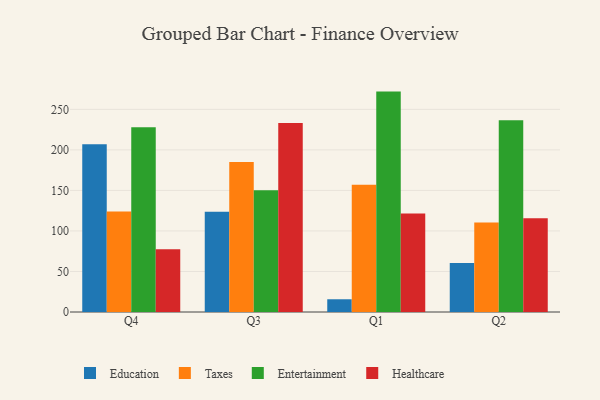
{"axis": {"x": "Quarter", "y": "LTV (USD)"}, "legend": ["Education", "Entertainment", "Healthcare", "Taxes"], "data": [{"x": "Q4", "y": 207.1, "type": "Education"}, {"x": "Q4", "y": 124.0, "type": "Taxes"}, {"x": "Q4", "y": 228.0, "type": "Entertainment"}, {"x": "Q4", "y": 77.4, "type": "Healthcare"}, {"x": "Q3", "y": 123.6, "type": "Education"}, {"x": "Q3", "y": 184.9, "type": "Taxes"}, {"x": "Q3", "y": 150.3, "type": "Entertainment"}, {"x": "Q3", "y": 233.1, "type": "Healthcare"}, {"x": "Q1", "y": 15.7, "type": "Education"}, {"x": "Q1", "y": 157.1, "type": "Taxes"}, {"x": "Q1", "y": 271.9, "type": "Entertainment"}, {"x": "Q1", "y": 121.5, "type": "Healthcare"}, {"x": "Q2", "y": 60.3, "type": "Education"}, {"x": "Q2", "y": 110.3, "type": "Taxes"}, {"x": "Q2", "y": 236.7, "type": "Entertainment"}, {"x": "Q2", "y": 115.6, "type": "Healthcare"}]}